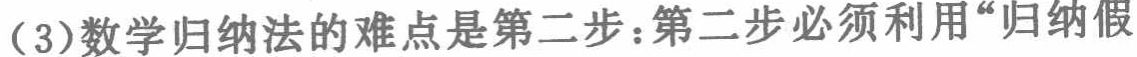
(3)数学归纳法的难点是第二步：第二步必须利用“归纳假